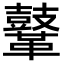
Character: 𪔨